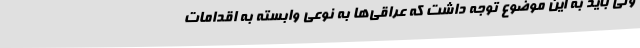
ولی باید به این موضوع توجه داشت که عراقی‌ها به نوعی وابسته به اقدامات